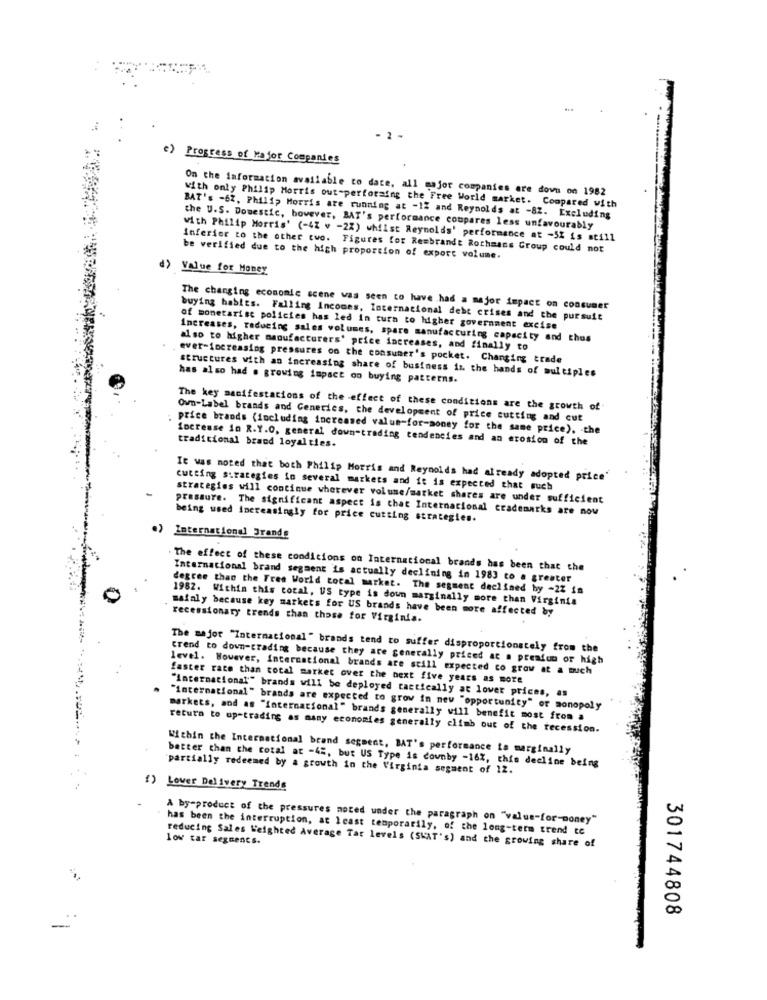
- 2 -
c) Progress of Major Companies
On the information available to date, all major companies are dova on 1982
with only Philip Morris out-perforaing the Free World market. Compared with
BAT's -62, Philip Morris are running at -1% and Reynolds at -82. Excluding
the U.S. Domestic, however, BAT's performance coupares less unfavourably
with Philip Morris' (-42 v -22) whilst Reynolds' performance at -5% is still
Inferior to the other two. Figures for Rembrandt Rothmans Group could not
be verified due to the high proportion of export volume.
d) Value for Money
The changing economic scene was seen to have had a major impact on consumer
buying habits. Falling Incomes, Internacional debt crises and the pursuit
of monetarist policies has led in turn to higher government excise
Increases, reducing sales volumes, spare manufacturing capacity and thus
also to higher manufacturers' price increases, and finally to
ever-increasing pressures on the consumer's pocket. Changing trade
structures with an increasing share of business in the hands of multiples
has also had . growing impact oo buying patterns.
The key manifestations of the effect of these conditions are the growth of
Own-Label brands and Generics, the development of price cutting and cut
price brands (including increased value-for-money for the same price). the
traditional brand loyalties.
increase in R.Y.O. general down-trading tendencies and an erosion of the
It was noted that both Philip Morris and Reynolds had already adopted price'
cutting strategies in several markets and it is expected that such
strategies will continue wherever volume/market shares are under sufficient
pressure. The significant aspect is that Internacional trademarks are now
being used increasingly for price cutting strategies.
.) International Brande
The effect of these conditions on International brands has been that the
International brand segment is actually declining in 1983 to a greater
degree than the Free World Local market. The segment declined by -2% is
1982. Within this total, US type is down marginally more than Virginia
mafaly because key markets for US brands have been more affected by
recessionary trends than those for Virginia.
The major "International " brands tend to suffer disproportionately from the
trend to down-trading because they are generally priced at a premium or high
level. However, international brands are still expected co grow at a much
faster race than total market over the next five years as more
"International"" brands will be deployed tactically at lower prices, as
"international" brands are expected to grow in new "opportunity" or monopoly
markets, and as "international" brands generally will benefit most from a
return to up-trading as many economies generally climb out of the recession.
Within the International brand segment, BAT's performance is marginally
better than the total at -45, but US Type is downby -16%, this decline being
partially redeemed by a growth in the Virginia segment of 12.
1) Lover Delivery Trends
A by-product of the pressures noted under the paragraph on "value-for-money"
has been the interruption, at least temporarily, of the long-term trend te
low tar segments.
reducing Sales Weighted Average Tar levels (SKAT's) and the growing share of
301744808
-
..